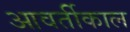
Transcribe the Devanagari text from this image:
आवर्तीकाल